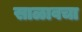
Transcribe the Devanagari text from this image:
साळावचा